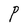
Character: P